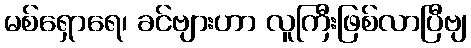
မစ်ရှောရေ၊ ခင်ဗျားဟာ လူကြီးဖြစ်လာပြီဗျ